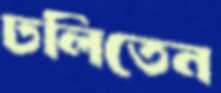
ঢলিতেন